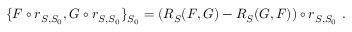
\{ F \circ r _ { S , S _ { 0 } } , G \circ r _ { S , S _ { 0 } } \} _ { S _ { 0 } } = ( R _ { S } ( F , G ) - R _ { S } ( G , F ) ) \circ r _ { S , S _ { 0 } } \ .